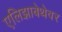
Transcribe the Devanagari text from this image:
एलिझाबेथेवर